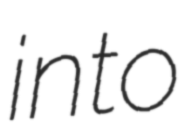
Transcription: into